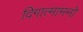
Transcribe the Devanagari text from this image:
दिगात्मामनो